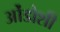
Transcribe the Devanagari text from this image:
ओंडोशी